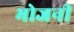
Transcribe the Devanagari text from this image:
भोजनी